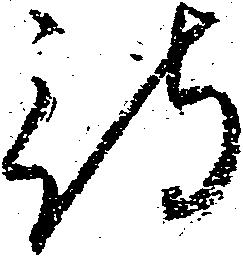
待